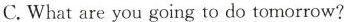
C. What are you going to do tomorrow?